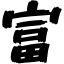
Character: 富